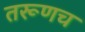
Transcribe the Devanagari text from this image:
तरूणच